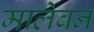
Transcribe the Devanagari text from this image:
मालेबन